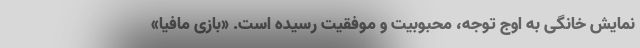
نمایش خانگی به اوج توجه، محبوبیت و موفقیت رسیده است. «بازی مافیا»